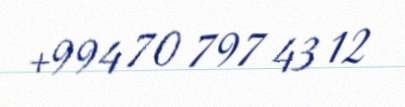
+994 70 797 43 12